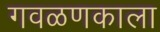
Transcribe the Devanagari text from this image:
गवळणकाला